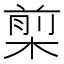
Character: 㮍